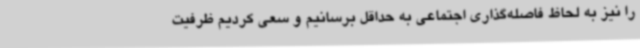
را نیز به لحاظ فاصله‌گذاری اجتماعی به حداقل برسانیم و سعی کردیم ظرفیت